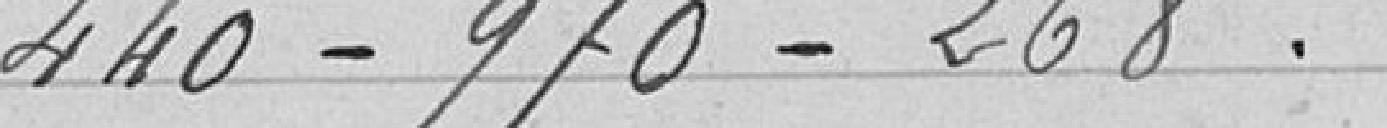
440 - 970 - 268.